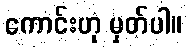
ကောင်းဟု မှတ်ပါ။